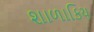
શાળાકિય